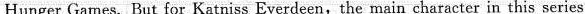
Hunger Games. But for Katniss Everdeen,the main character in this series